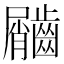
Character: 𪙌